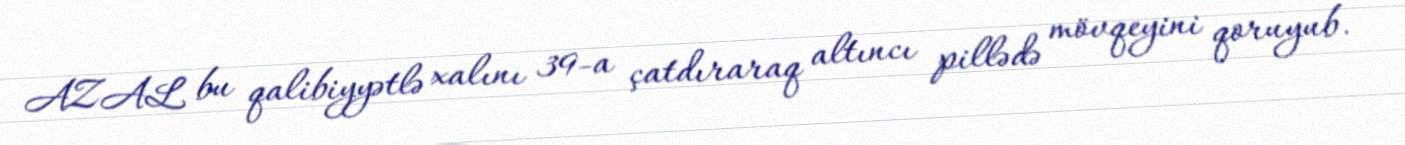
AZAL bu qalibiyyətlə xalını 39-a çatdıraraq altıncı pillədə mövqeyini qoruyub.